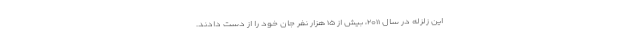
این زلزله در سال ۲۰۱۱، بیش از ۱۵ هزار نفر جان خود را از دست دادند.